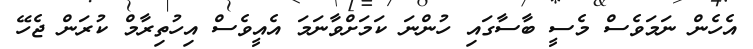
އެހެން ނަމަވެސް މެސީ ބާސާގައި ހުންނަ ކަމަށްވާނަމަ އެއީވެސް އިހުތިރާމް ކުރަން ޖެހޭ